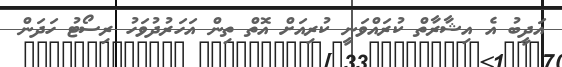
އަދީބު އެ އިޝާރާތް ކުރައްވަނީ ކުރިއަށް އޮތް ތިން އަހަރުދުވަހު ރިސޯޓު ހަދަން